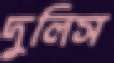
দুলিস